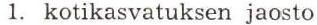
1. kotikasvatuksen jaosto